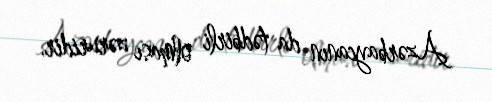
Azərbaycanın da tədbirli olması zəruridir.